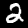
Digit: 2